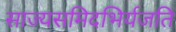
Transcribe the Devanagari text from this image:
साज्यसमिदभिर्यजति